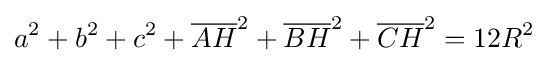
a^{2}+b^{2}+c^{2}+{\overline {AH}}^{2}+{\overline {BH}}^{2}+{\overline {CH}}^{2}=12R^{2}